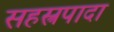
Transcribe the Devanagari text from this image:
सहस्त्रपादा